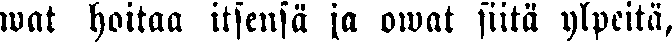
wat hoitaa itsensä ja owat siitä ylpeitä,